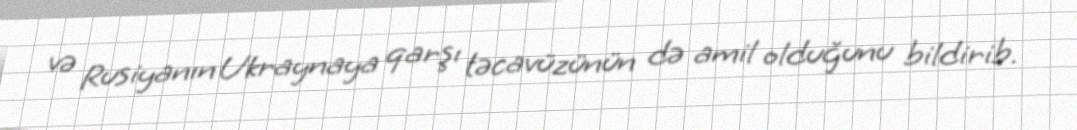
və Rusiyanın Ukraynaya qarşı təcavüzünün də amil olduğunu bildirib.